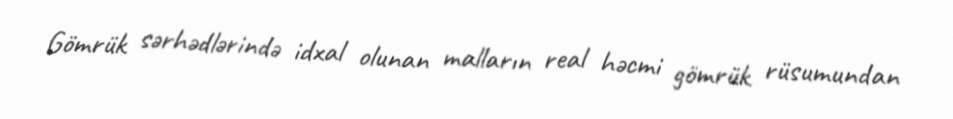
Gömrük sərhədlərində idxal olunan malların real həcmi gömrük rüsumundan